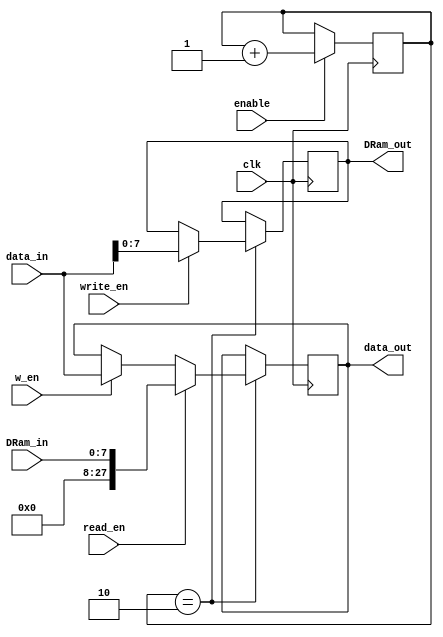
`timescale 1ns / 1ps
//////////////////////////////////////////////////////////////////////////////////
// Company: 
// Engineer: 
// 
// Design Name: 
// Module Name: MDR
// Project Name: 
// Target Devices: 
// Tool Versions: 
// Description: 
// 
// Dependencies: 
// 
// Revision:
// Revision 0.01 - File Created
// Additional Comments:
// 
//////////////////////////////////////////////////////////////////////////////////


module MDR(
    input clk,
    input enable,
    input w_en,
    input write_en,
    input read_en,
    output reg [27:0] data_out,
    input [27:0] data_in,
    input [7:0] DRam_in,
    output reg [7:0] DRam_out
    );
    
    
    reg [1:0] state = 2'b0;
    always @(posedge clk)
        if (enable==1'b1)
            begin
            state<=state+1;           
            end    
            
    
    always @(posedge clk)
    begin
        if (state==2'b10)
            begin
                if (w_en==1)
                    begin
                    data_out<=data_in;
                    end
                if (read_en)
                    begin
                    data_out<= {20'd0,DRam_in};
                    end
                if (write_en)
                    begin
                    DRam_out<=data_in[7:0];
                    end
                end
    end            
    
endmodule